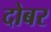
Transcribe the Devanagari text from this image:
दोबर